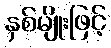
နှစ်မျိုးဖြင့်